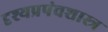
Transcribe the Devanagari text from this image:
दृश्यप्रपंचशास्त्र